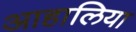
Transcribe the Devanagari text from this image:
आहालिया